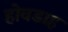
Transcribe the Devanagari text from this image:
होवडाह